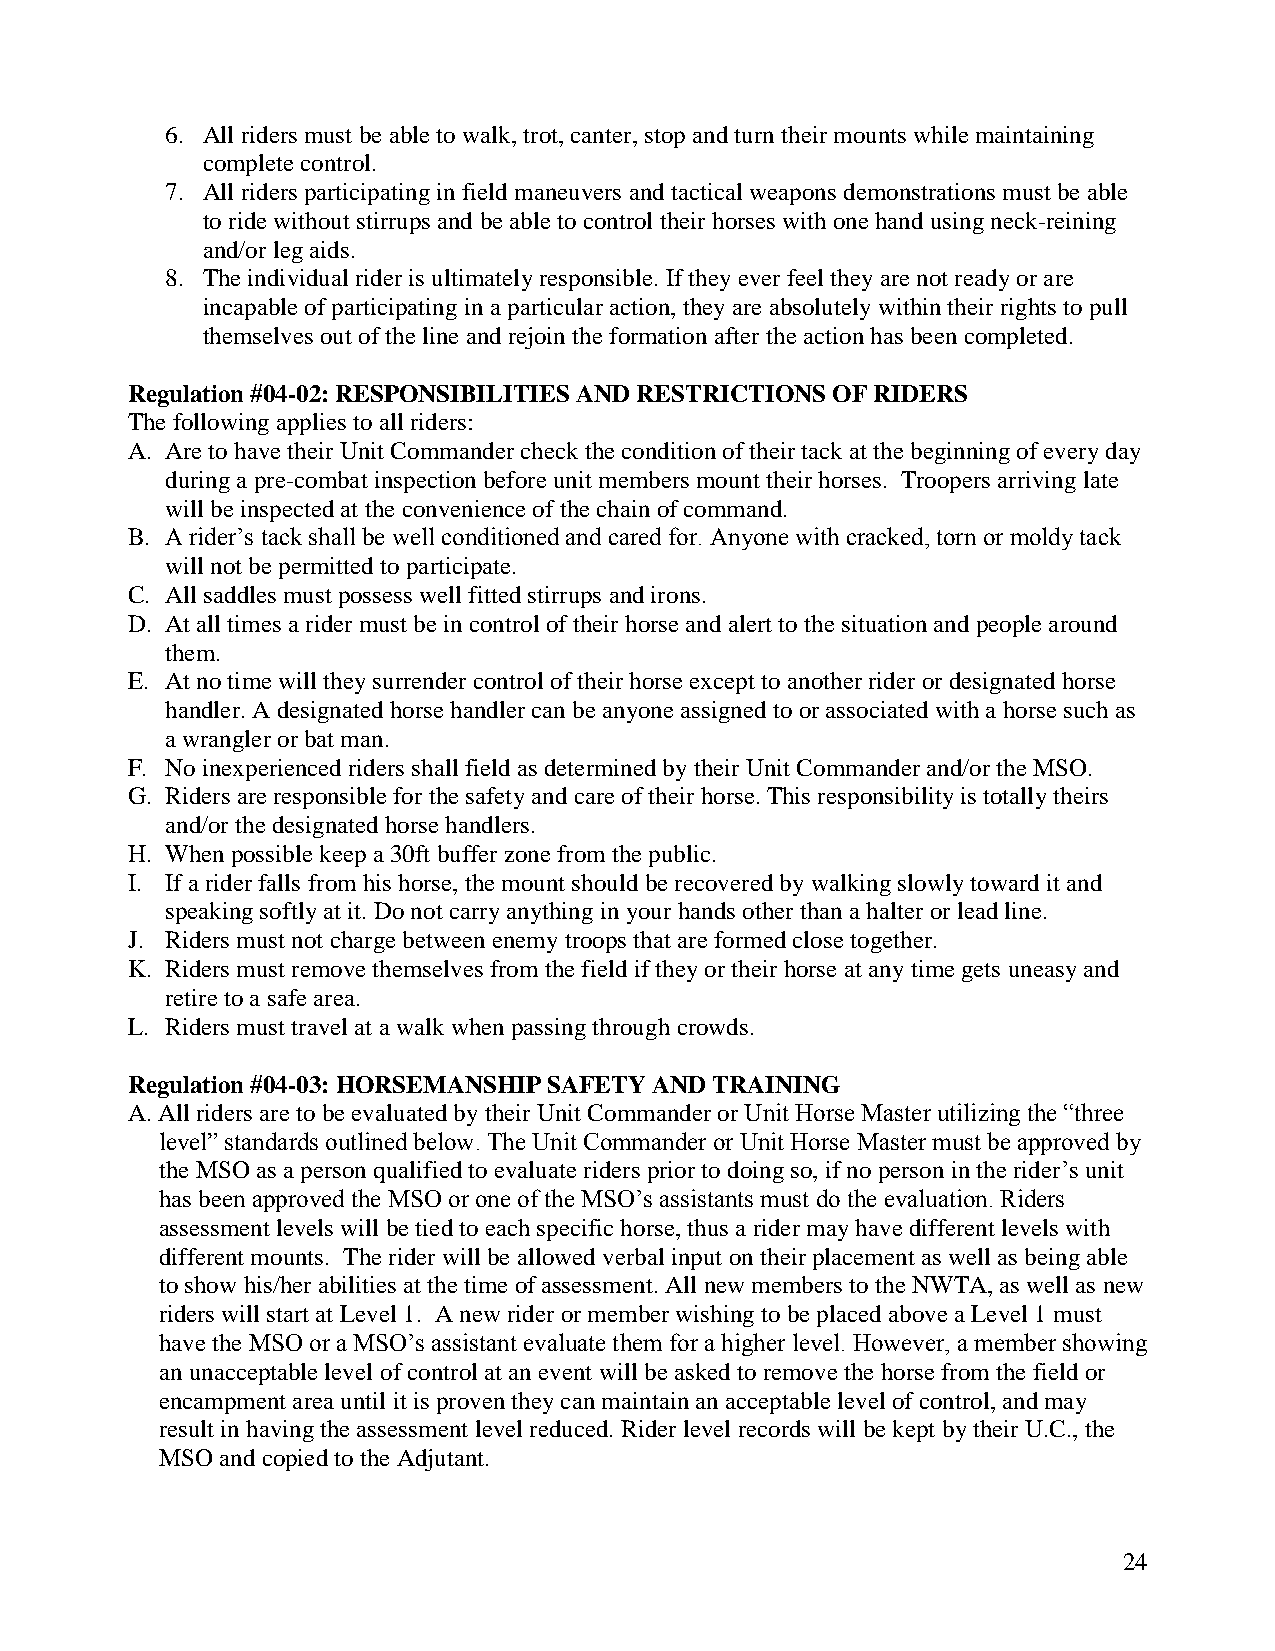
6. All riders must be able to walk, trot, canter, stop and turn their mounts while maintaining
 complete control.
 7. All riders participating in field maneuvers and tactical weapons demonstrations must be able
 to ride without stirrups and be able to control their horses with one hand using neck-reining
 and/or leg aids.
 8. The individual rider is ultimately responsible. If they ever feel they are not ready or are
 incapable of participating in a particular action, they are absolutely within their rights to pull
 themselves out of the line and rejoin the formation after the action has been completed.
 Regulation #04-02: RESPONSIBILITIES AND RESTRICTIONS OF RIDERS
 The following applies to all riders:
 A. Are to have their Unit Commander check the condition of their tack at the beginning of every day
 during a pre-combat inspection before unit members mount their horses. Troopers arriving late
 will be inspected at the convenience of the chain of command.
 B. A rider’s tack shall be well conditioned and cared for. Anyone with cracked, torn or moldy tack
 will not be permitted to participate.
 C. All saddles must possess well fitted stirrups and irons.
 D. At all times a rider must be in control of their horse and alert to the situation and people around
 them.
 E. At no time will they surrender control of their horse except to another rider or designated horse
 handler. A designated horse handler can be anyone assigned to or associated with a horse such as
 a wrangler or bat man.
 F. No inexperienced riders shall field as determined by their Unit Commander and/or the MSO.
 G. Riders are responsible for the safety and care of their horse. This responsibility is totally theirs
 and/or the designated horse handlers.
 H. When possible keep a 30ft buffer zone from the public.
 I. If a rider falls from his horse, the mount should be recovered by walking slowly toward it and
 speaking softly at it. Do not carry anything in your hands other than a halter or lead line.
 J. Riders must not charge between enemy troops that are formed close together.
 K. Riders must remove themselves from the field if they or their horse at any time gets uneasy and
 retire to a safe area.
 L. Riders must travel at a walk when passing through crowds.
 Regulation #04-03: HORSEMANSHIP SAFETY AND TRAINING
 A. All riders are to be evaluated by their Unit Commander or Unit Horse Master utilizing the “three
 level” standards outlined below. The Unit Commander or Unit Horse Master must be approved by
 the MSO as a person qualified to evaluate riders prior to doing so, if no person in the rider’s unit
 has been approved the MSO or one of the MSO’s assistants must do the evaluation. Riders
 assessment levels will be tied to each specific horse, thus a rider may have different levels with
 different mounts. The rider will be allowed verbal input on their placement as well as being able
 to show his/her abilities at the time of assessment. All new members to the NWTA, as well as new
 riders will start at Level 1. A new rider or member wishing to be placed above a Level 1 must
 have the MSO or a MSO’s assistant evaluate them for a higher level. However, a member showing
 an unacceptable level of control at an event will be asked to remove the horse from the field or
 encampment area until it is proven they can maintain an acceptable level of control, and may
 result in having the assessment level reduced. Rider level records will be kept by their U.C., the
 MSO and copied to the Adjutant.
 24